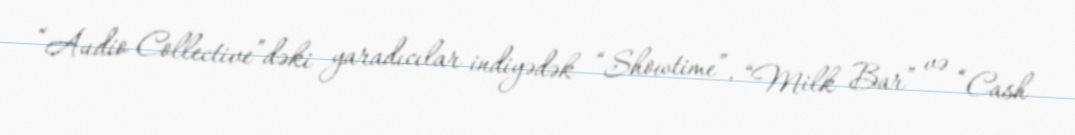
“Audio Collective”dəki yaradıcılar indiyədək “Showtime”, “Milk Bar” və “Cash